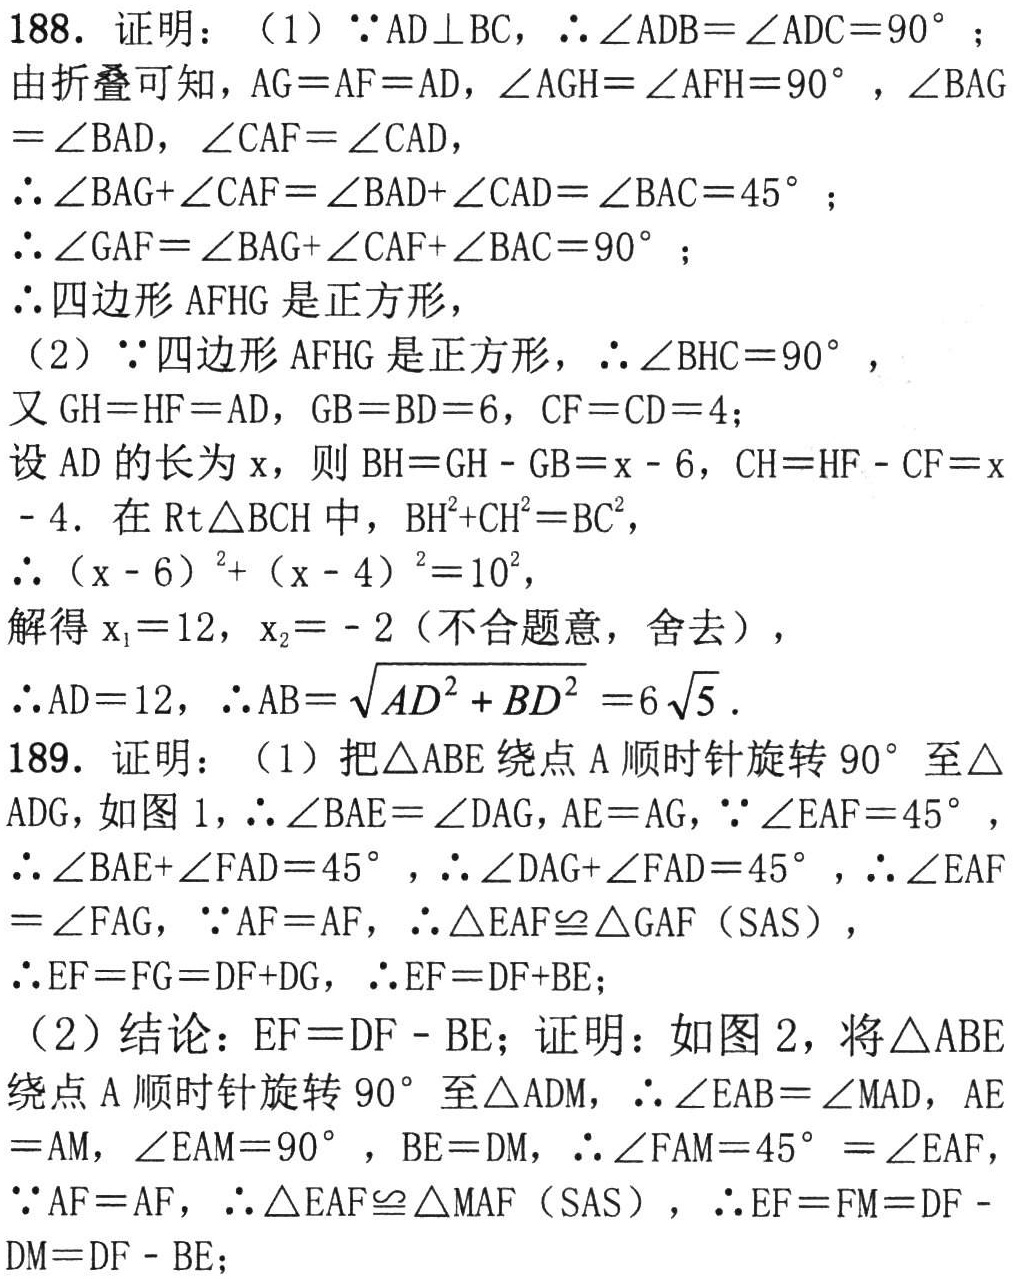
188. 证明：（1）\(\because AD\perp BC\)，\(\therefore \angle ADB = \angle ADC = 90^{\circ}\)；
由折叠可知，\(AG = AF = AD\)，\(\angle AGH=\angle AFH = 90^{\circ}\)，\(\angle BAG=\angle BAD\)，\(\angle CAF=\angle CAD\)，
\(\therefore \angle BAG+\angle CAF=\angle BAD+\angle CAD=\angle BAC = 45^{\circ}\)；
\(\therefore \angle GAF=\angle BAG+\angle CAF+\angle BAC = 90^{\circ}\)；
\(\therefore\)四边形\(AFHG\)是正方形，
（2）\(\because\)四边形\(AFHG\)是正方形，\(\therefore \angle BHC = 90^{\circ}\)，
又\(GH = HF = AD\)，\(GB = BD = 6\)，\(CF = CD = 4\)；
设\(AD\)的长为\(x\)，则\(BH = GH - GB=x - 6\)，\(CH = HF - CF=x - 4\). 在\(\text{Rt}\triangle BCH\)中，\(BH^{2}+CH^{2}=BC^{2}\)，
\(\therefore (x - 6)^{2}+(x - 4)^{2}=10^{2}\)，
解得\(x_{1}=12\)，\(x_{2}=- 2\)（不合题意，舍去），
\(\therefore AD = 12\)，\(\therefore AB=\sqrt{AD^{2}+BD^{2}} = 6\sqrt{5}\).
189. 证明：（1）把\(\triangle ABE\)绕点\(A\)顺时针旋转\(90^{\circ}\)至\(\triangle ADG\)，如图1，\(\therefore \angle BAE=\angle DAG\)，\(AE = AG\)，\(\because \angle EAF = 45^{\circ}\)，
\(\therefore \angle BAE+\angle FAD = 45^{\circ}\)，\(\therefore \angle DAG+\angle FAD = 45^{\circ}\)，\(\therefore \angle EAF=\angle FAG\)，\(\because AF = AF\)，\(\therefore \triangle EAF\cong\triangle GAF\)（SAS），
\(\therefore EF = FG=DF + DG\)，\(\therefore EF = DF + BE\)；
（2）结论：\(EF = DF - BE\)；证明：如图2，将\(\triangle ABE\)绕点\(A\)顺时针旋转\(90^{\circ}\)至\(\triangle ADM\)，\(\therefore \angle EAB=\angle MAD\)，\(AE = AM\)，\(\angle EAM = 90^{\circ}\)，\(BE = DM\)，\(\therefore \angle FAM = 45^{\circ}=\angle EAF\)，
\(\because AF = AF\)，\(\therefore \triangle EAF\cong\triangle MAF\)（SAS），\(\therefore EF = FM=DF - DM = DF - BE\)；